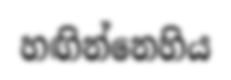
හඟින්නෙහිය